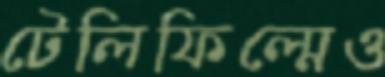
টেলিফিল্মেও